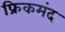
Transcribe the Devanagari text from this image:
फ्रिकमंद